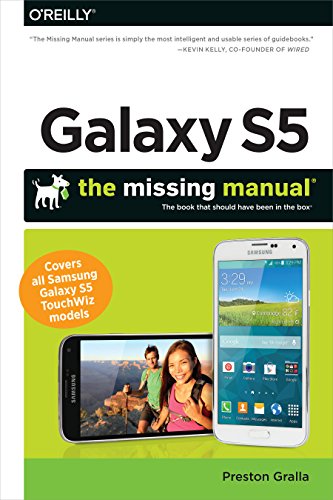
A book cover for Galaxy S5: The Missing Manual; Preston Gralla; Computers & Technology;